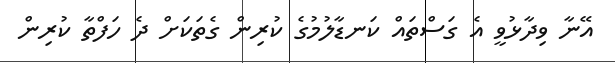
އޭނާ ވިދާޅުވީ އެ ގަސްތައް ކަނޑާލުމުގެ ކުރިން ގެތަކަށް ދެ ހަފްތާ ކުރިން